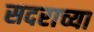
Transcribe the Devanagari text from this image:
सदराच्या